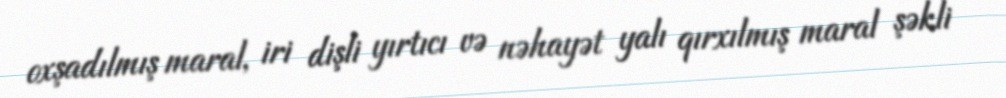
oxşadılmış maral, iri dişli yırtıcı və nəhayət yalı qırxılmış maral şəkli